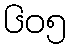
၆၀၅